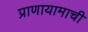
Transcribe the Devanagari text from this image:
प्राणायामाची